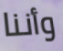
وأننا